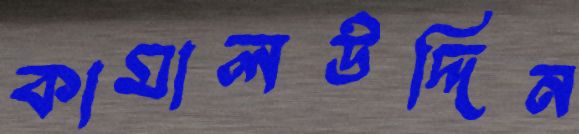
কামালউদ্দিন